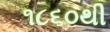
૧૮૬૦થી